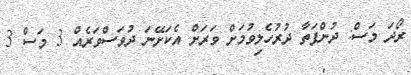
ރޯދަ މަސް: ދުންފަތާ ދުރުހެލިވުމަށް ވަރަށް އެކަށޭނަ ދުވަސްވަރެއް 3 މަސް 3